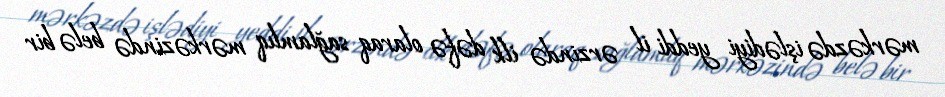
mərkəzdə işlədiyi yeddi il ərzində ilk dəfə olaraq sağlamlıq mərkəzində belə bir